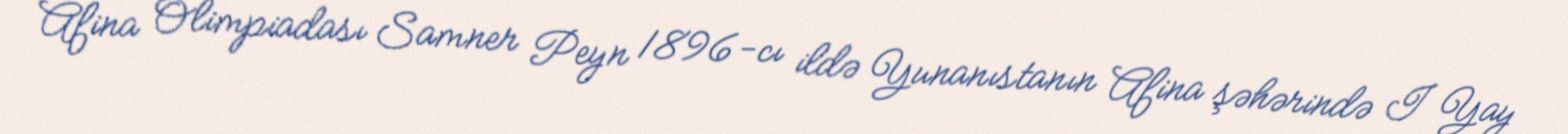
Afina Olimpiadası Samner Peyn 1896-cı ildə Yunanıstanın Afina şəhərində I Yay